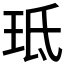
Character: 𭹁